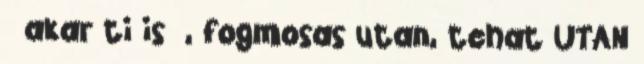
akar ti is , fogmosas utan, tehat UTAN